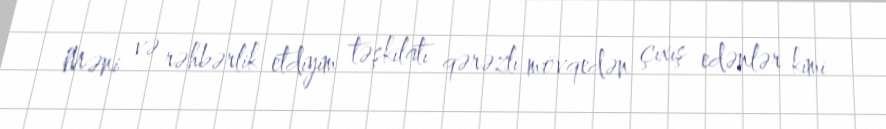
Məni və rəhbərlik etdiyim təşkilatı qərəzli mövqedən çıxış edənlər kimi